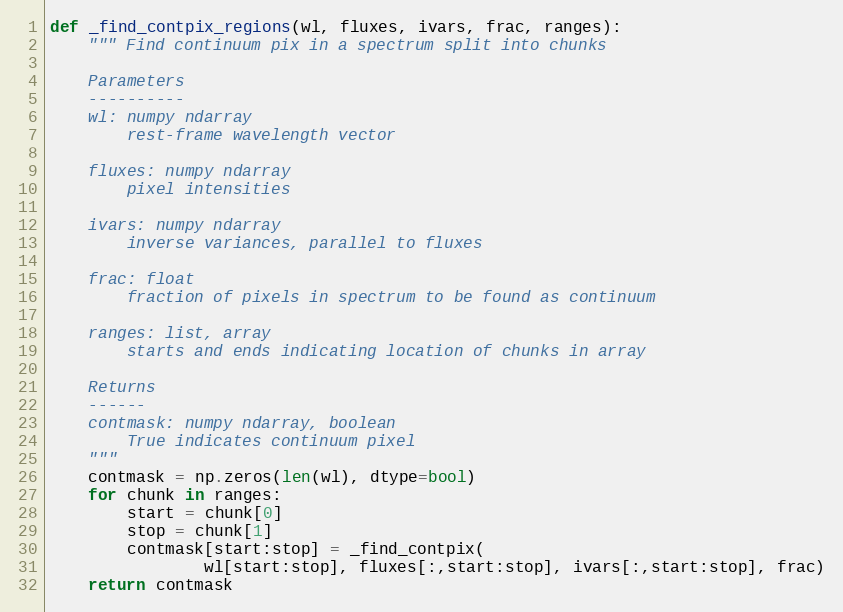
Language: Python
def _find_contpix_regions(wl, fluxes, ivars, frac, ranges):
    """ Find continuum pix in a spectrum split into chunks

    Parameters
    ----------
    wl: numpy ndarray
        rest-frame wavelength vector

    fluxes: numpy ndarray
        pixel intensities

    ivars: numpy ndarray
        inverse variances, parallel to fluxes

    frac: float
        fraction of pixels in spectrum to be found as continuum

    ranges: list, array
        starts and ends indicating location of chunks in array

    Returns
    ------
    contmask: numpy ndarray, boolean
        True indicates continuum pixel
    """
    contmask = np.zeros(len(wl), dtype=bool)
    for chunk in ranges:
        start = chunk[0]
        stop = chunk[1]
        contmask[start:stop] = _find_contpix(
                wl[start:stop], fluxes[:,start:stop], ivars[:,start:stop], frac)
    return contmask